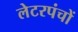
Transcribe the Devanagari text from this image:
लेटरपंचों